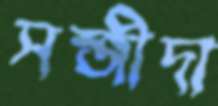
সন্জীদা